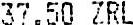
37.50 ZRL